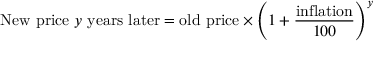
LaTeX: { \mathrm { N e w ~ p r i c e ~ } } y { \mathrm { ~ y e a r s ~ l a t e r } } = { \mathrm { o l d ~ p r i c e } } \times \left( 1 + { \frac { \mathrm { i n f l a t i o n } } { 1 0 0 } } \right) ^ { y }